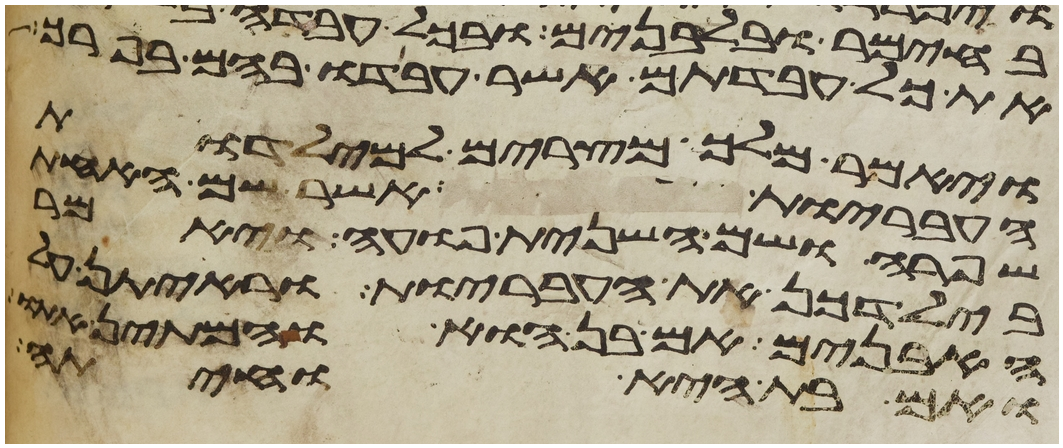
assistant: את כל עבדתם אשר עבדו בהם בפרך
ויאמר מלך מצרים למילדות
העבריות אשר שם האחת
שפרה ושם השנית פועה ויאמר
בילדכן את העבריות וראיתן
האבנים אם בן הוא והמתן
ואם בת היא וחיתה